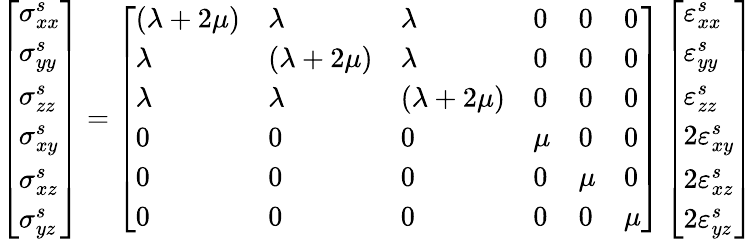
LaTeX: \begin{array}{r}{\left[\begin{array}{l}{\sigma_{xx}^{s}}\\ {\sigma_{yy}^{s}}\\ {\sigma_{zz}^{s}}\\ {\sigma_{xy}^{s}}\\ {\sigma_{xz}^{s}}\\ {\sigma_{yz}^{s}}\end{array}\right]=\left[\begin{array}{llllll}{(\lambda+2\mu)}&{\lambda}&{\lambda}&{0}&{0}&{0}\\ {\lambda}&{(\lambda+2\mu)}&{\lambda}&{0}&{0}&{0}\\ {\lambda}&{\lambda}&{(\lambda+2\mu)}&{0}&{0}&{0}\\ {0}&{0}&{0}&{\mu}&{0}&{0}\\ {0}&{0}&{0}&{0}&{\mu}&{0}\\ {0}&{0}&{0}&{0}&{0}&{\mu}\end{array}\right]\left[\begin{array}{l}{\varepsilon_{xx}^{s}}\\ {\varepsilon_{yy}^{s}}\\ {\varepsilon_{zz}^{s}}\\ {2\varepsilon_{xy}^{s}}\\ {2\varepsilon_{xz}^{s}}\\ {2\varepsilon_{yz}^{s}}\end{array}\right]}\end{array}